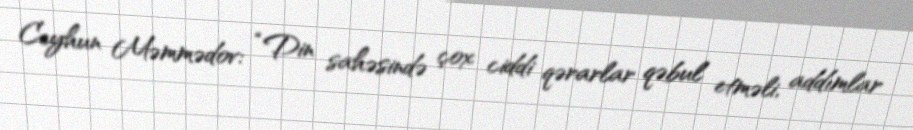
Ceyhun Məmmədov: “Din sahəsində çox ciddi qərarlar qəbul etməli, addımlar